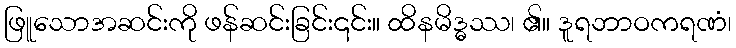
ဖြူသောအဆင်းကို ဖန်ဆင်းခြင်း၎င်း။ ထိနမိဒ္ဓဿ၊ ၏။ ဒူရဘာဝကရဏံ၊